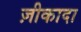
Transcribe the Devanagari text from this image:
ज़ीकादा